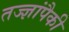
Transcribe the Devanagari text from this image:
तज्‍ज्ञांपैकी